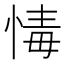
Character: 𢝂